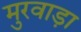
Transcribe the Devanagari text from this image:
मुरवाड़ा